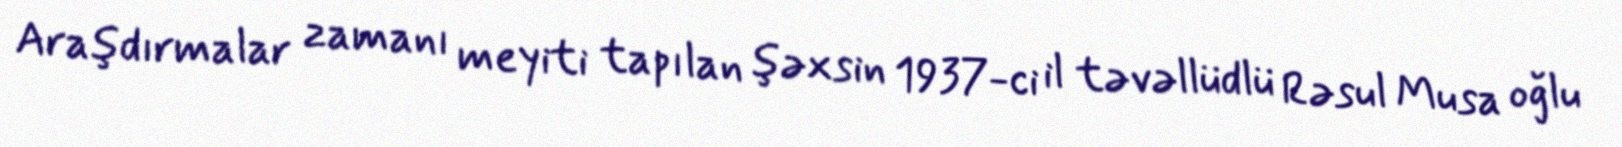
Araşdırmalar zamanı meyiti tapılan şəxsin 1937-ci il təvəllüdlü Rəsul Musa oğlu